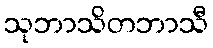
သုဘာသိတဘာသီ